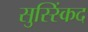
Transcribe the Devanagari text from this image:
सुस्स्किंद